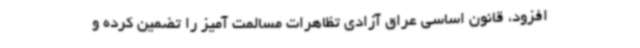
افزود، قانون اساسی عراق آزادی تظاهرات مسالمت آمیز را تضمین کرده و